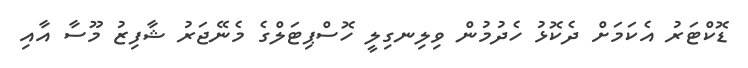
ޑޮކްޓަރު އެކަމަށް ދެކޮޅު ހެދުމުން ވިލިނގިލީ ހޮސްޕިޓަލްގެ މެނޭޖަރު ޝާފިޒު މޫސާ އާއި